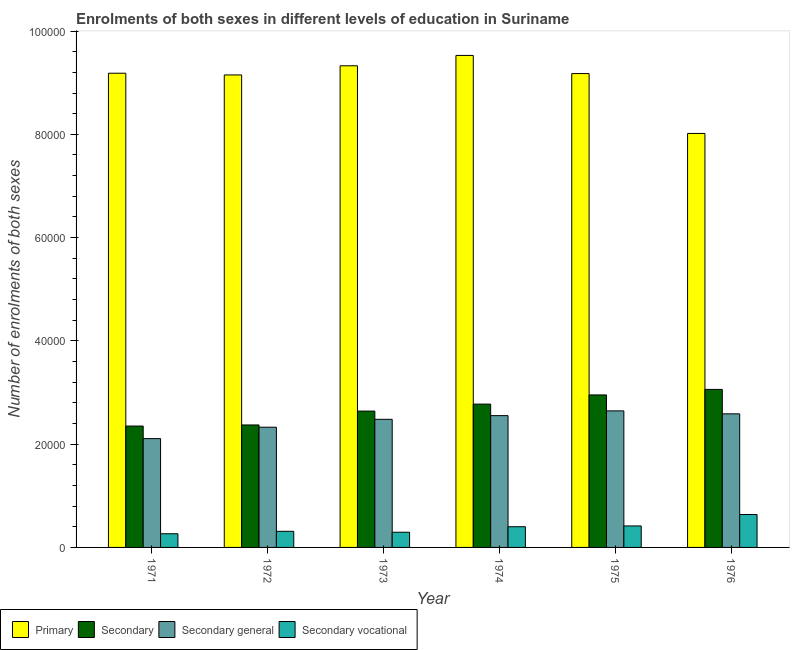
| Year | Primary | Secondary | Secondary general | Secondary vocational |
 | --- | --- | --- | --- | --- |
 | 1971 | 9.18e+04 | 2.35e+04 | 2.11e+04 | 2.65e+03 |
 | 1972 | 9.15e+04 | 2.37e+04 | 2.33e+04 | 3.12e+03 |
 | 1973 | 9.33e+04 | 2.64e+04 | 2.48e+04 | 2.94e+03 |
 | 1974 | 9.53e+04 | 2.78e+04 | 2.55e+04 | 4.01e+03 |
 | 1975 | 9.18e+04 | 2.95e+04 | 2.64e+04 | 4.16e+03 |
 | 1976 | 8.02e+04 | 3.06e+04 | 2.59e+04 | 6.38e+03 |